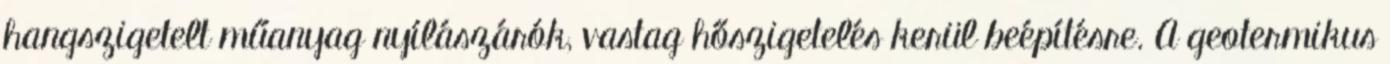
hangszigetelt műanyag nyílászárók, vastag hőszigetelés kerül beépítésre. A geotermikus